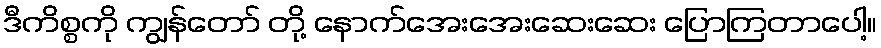
ဒီကိစ္စကို ကျွန်တော် တို့ နောက်အေးအေးဆေးဆေး ပြောကြတာပေါ့။